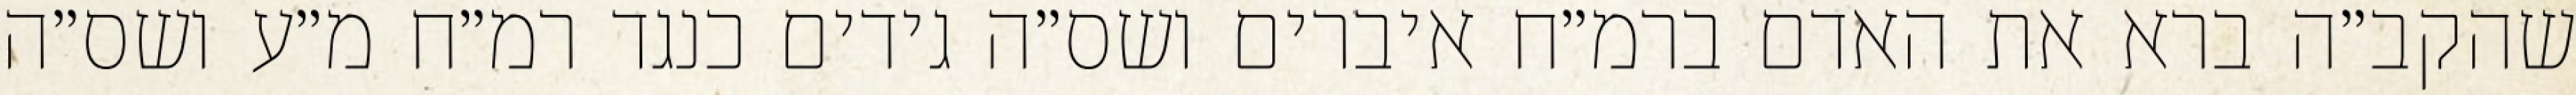
שהקב״ה ברא את האדם ברמ״ח איברים ושס״ה גידים כנגד רמ״ח מ״ע ושס״ה